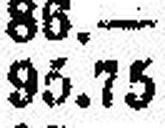
95.75